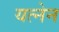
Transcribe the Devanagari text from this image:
यत्नेन